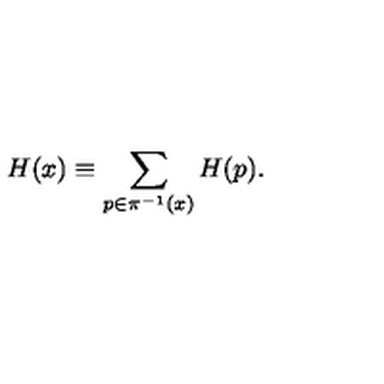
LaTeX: H ( x ) \equiv \sum _ { p \in \pi ^ { - 1 } ( x ) } H ( p ) .